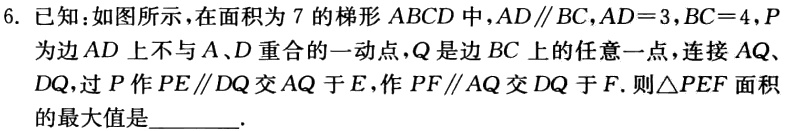
6. 已知：如图所示，在面积为 \(7\) 的梯形 \(ABCD\) 中，\(AD\parallel BC\)，\(AD = 3\)，\(BC = 4\)，\(P\) 为边 \(AD\) 上不与 \(A\)、\(D\) 重合的一动点，\(Q\) 是边 \(BC\) 上的任意一点，连接 \(AQ\)、\(DQ\)，过 \(P\) 作 \(PE\parallel DQ\) 交 \(AQ\) 于 \(E\)，作 \(PF\parallel AQ\) 交 \(DQ\) 于 \(F\). 则\(\triangle PEF\) 面积的最大值是______.